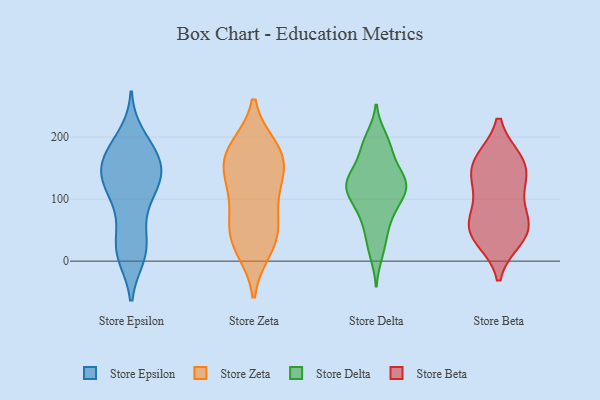
{"axis": {"x": "Energy Usage (MWh)", "y": "Value"}, "legend": ["Store Beta", "Store Delta", "Store Epsilon", "Store Zeta"], "data": [{"x": "", "y": 169, "type": "Store Epsilon"}, {"x": "", "y": 128, "type": "Store Epsilon"}, {"x": "", "y": 158, "type": "Store Epsilon"}, {"x": "", "y": 124, "type": "Store Epsilon"}, {"x": "", "y": 168, "type": "Store Epsilon"}, {"x": "", "y": 148, "type": "Store Epsilon"}, {"x": "", "y": 128, "type": "Store Epsilon"}, {"x": "", "y": 85, "type": "Store Epsilon"}, {"x": "", "y": 128, "type": "Store Epsilon"}, {"x": "", "y": 144, "type": "Store Epsilon"}, {"x": "", "y": 23, "type": "Store Epsilon"}, {"x": "", "y": 181, "type": "Store Epsilon"}, {"x": "", "y": 77, "type": "Store Epsilon"}, {"x": "", "y": 10, "type": "Store Epsilon"}, {"x": "", "y": 200, "type": "Store Epsilon"}, {"x": "", "y": 28, "type": "Store Epsilon"}, {"x": "", "y": 123, "type": "Store Epsilon"}, {"x": "", "y": 15, "type": "Store Epsilon"}, {"x": "", "y": 181, "type": "Store Epsilon"}, {"x": "", "y": 14, "type": "Store Epsilon"}, {"x": "", "y": 162, "type": "Store Zeta"}, {"x": "", "y": 178, "type": "Store Zeta"}, {"x": "", "y": 179, "type": "Store Zeta"}, {"x": "", "y": 106, "type": "Store Zeta"}, {"x": "", "y": 46, "type": "Store Zeta"}, {"x": "", "y": 62, "type": "Store Zeta"}, {"x": "", "y": 55, "type": "Store Zeta"}, {"x": "", "y": 24, "type": "Store Zeta"}, {"x": "", "y": 150, "type": "Store Zeta"}, {"x": "", "y": 139, "type": "Store Zeta"}, {"x": "", "y": 19, "type": "Store Zeta"}, {"x": "", "y": 183, "type": "Store Zeta"}, {"x": "", "y": 114, "type": "Store Zeta"}, {"x": "", "y": 60, "type": "Store Delta"}, {"x": "", "y": 127, "type": "Store Delta"}, {"x": "", "y": 106, "type": "Store Delta"}, {"x": "", "y": 131, "type": "Store Delta"}, {"x": "", "y": 87, "type": "Store Delta"}, {"x": "", "y": 154, "type": "Store Delta"}, {"x": "", "y": 117, "type": "Store Delta"}, {"x": "", "y": 30, "type": "Store Delta"}, {"x": "", "y": 185, "type": "Store Delta"}, {"x": "", "y": 164, "type": "Store Delta"}, {"x": "", "y": 11, "type": "Store Delta"}, {"x": "", "y": 191, "type": "Store Delta"}, {"x": "", "y": 60, "type": "Store Delta"}, {"x": "", "y": 131, "type": "Store Delta"}, {"x": "", "y": 93, "type": "Store Delta"}, {"x": "", "y": 200, "type": "Store Delta"}, {"x": "", "y": 130, "type": "Store Delta"}, {"x": "", "y": 105, "type": "Store Delta"}, {"x": "", "y": 124, "type": "Store Delta"}, {"x": "", "y": 130, "type": "Store Beta"}, {"x": "", "y": 46, "type": "Store Beta"}, {"x": "", "y": 75, "type": "Store Beta"}, {"x": "", "y": 52, "type": "Store Beta"}, {"x": "", "y": 118, "type": "Store Beta"}, {"x": "", "y": 56, "type": "Store Beta"}, {"x": "", "y": 37, "type": "Store Beta"}, {"x": "", "y": 161, "type": "Store Beta"}, {"x": "", "y": 156, "type": "Store Beta"}, {"x": "", "y": 161, "type": "Store Beta"}]}